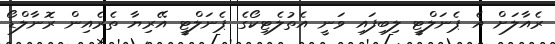
ރެއާލަށް އެ ޕެނަލްޓީ ލިބިފައި ވަނީ އެތުލެޓިކޯގެ ޕެނަލްޓީ އޭރިޔާ ތެރެއިން ރޮނާލްޑޯ